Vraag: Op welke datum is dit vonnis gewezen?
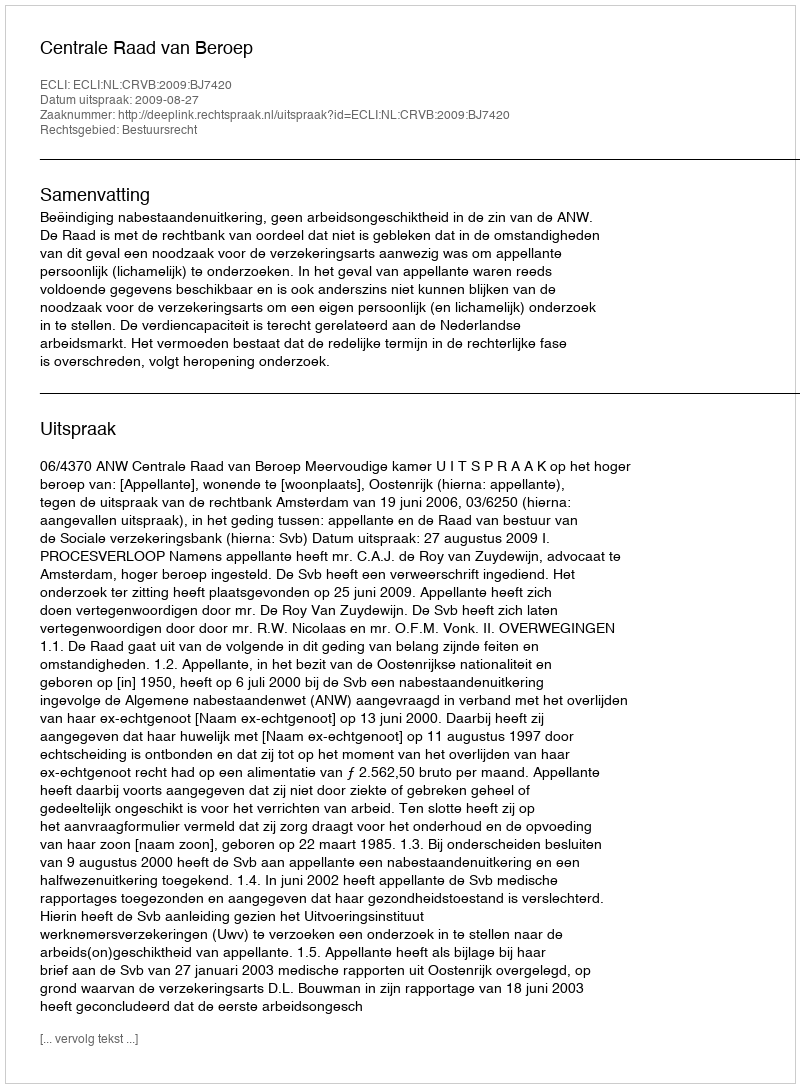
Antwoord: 2009-08-27